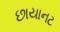
છાયાનટ